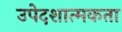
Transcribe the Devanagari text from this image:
उपेदशात्मकता